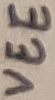
Text: VEE